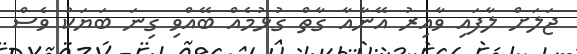
ޖަލަށް ލާފައި ވާއިރު އޭނާއާ ގާތް ގުޅުމެއް ބޭއްވި ގިނަ ބަޔަކު ވެސް